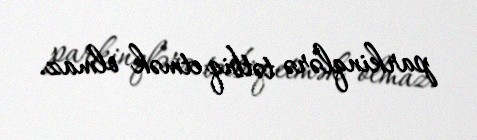
parkinqlərə tətbiq etmək olmaz.